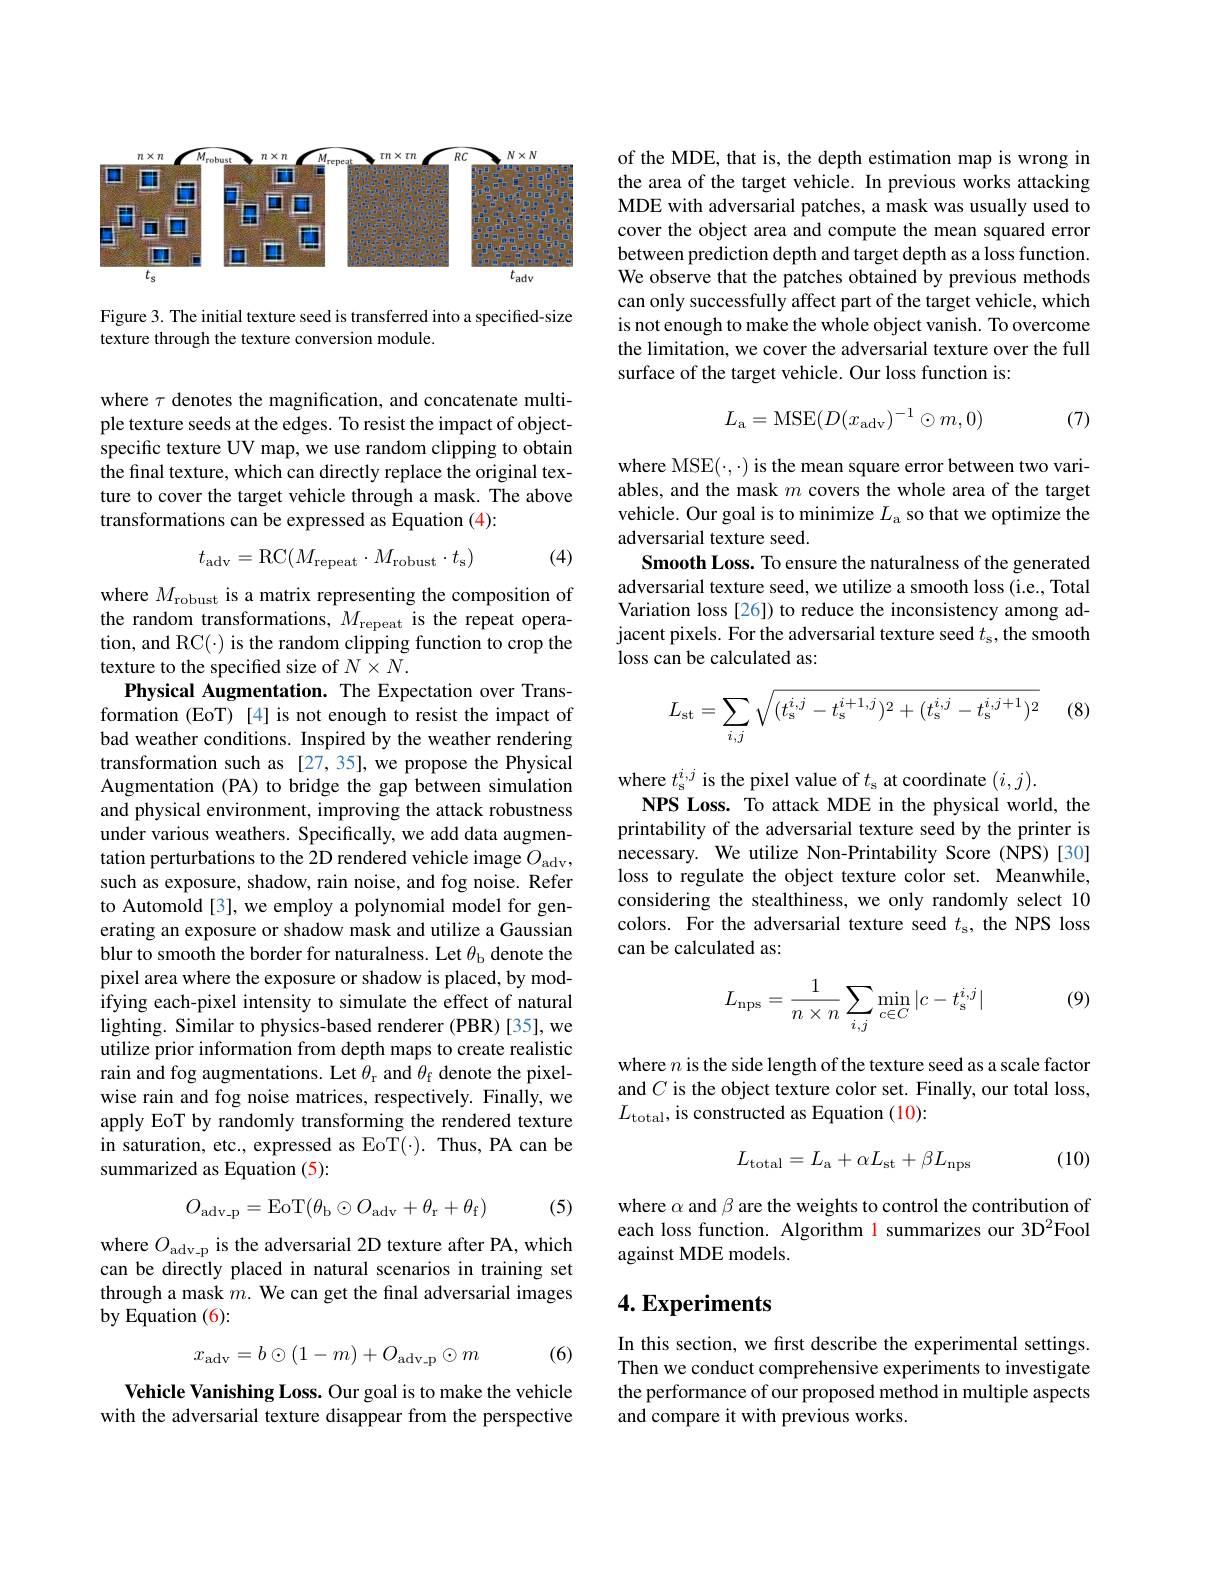
<FigureHere>

Figure 3. The initial texture seed is transferred into a specified-size
texture through the texture conversion module.

where $\tau$ denotes the magnification, and concatenate multiple texture seeds at the edges. To resist the impact of objectspecific texture UV map, we use random clipping to obtain the final texture, which can directly replace the original texture to cover the target vehicle through a mask. The above transformations can be expressed as Equation (4):
$$t_\mathrm{adv}=\mathrm{RC}(M_\mathrm{repeat}\cdot M_\mathrm{robust}\cdot t_\mathrm{s})$$
(4)

where $M_\mathrm{robust}$ is a matrix representing the composition of the random transformations, $M_\mathrm{repeat}$ is the repeat operation, and RC(·) is the random clipping function to crop the texture to the specified size of $N\times N.$
Physical Augmentation. The Expectation over Transformation (EoT) [4] is not enough to resist the impact of bad weather conditions. Inspired by the weather rendering transformation such as [27,35], we propose the Physical Augmentation (PA) to bridge the gap between simulation and physical environment, improving the attack robustness under various weathers. Specifically, we add data augmentation perturbations to the 2D rendered vehicle image $O_\mathrm{adv}$, such as exposure, shadow, rain noise, and fog noise. Refer to Automold [3], we employ a polynomial model for generating an exposure or shadow mask and utilize a Gaussian blur to smooth the border for naturalness. Let $\theta_\mathrm{b}$ denote the pixel area where the exposure or shadow is placed, by modifying each-pixel intensity to simulate the effect of natural lighting. Similar to physics-based renderer (PBR) [35], we utilize prior information from depth maps to create realistic rain and fog augmentations. Let $\theta_\mathrm{r}$ and $\theta_\mathrm{f}$ denote the pixelwise rain and fog noise matrices, respectively. Finally, we apply EoT by randomly transforming the rendered texture in saturation, etc., expressed as EoT(·). Thus, PA can be summarized as Equation (5):
$$O_{\mathrm{adv_p}}=\mathrm{EoT}(\theta_{\mathrm{b}}\odot O_{\mathrm{adv}}+\theta_{\mathrm{r}}+\theta_{\mathrm{f}})$$
(5)

where $O_{\mathrm{adv-p}}$ is the adversarial 2D texture after PA, which can be directly placed in natural scenarios in training set through a mask $m.$ We can get the final adversarial images by Equation (6):

(6)
$$x_{\mathrm{adv}}=b\odot(1-m)+O_{\mathrm{adv_p}}\odot m$$
Vehicle Vanishing Loss. Our goal is to make the vehicle with the adversarial texture disappear from the perspective

of the MDE, that is, the depth estimation map is wrong in the area of the target vehicle. In previous works attacking MDE with adversarial patches, a mask was usually used to cover the object area and compute the mean squared error between prediction depth and target depth as a loss function. We observe that the patches obtained by previous methods can only successfully affect part of the target vehicle, which is not enough to make the whole object vanish. To overcome the limitation, we cover the adversarial texture over the full surface of the target vehicle. Our loss function is:
$$L_\mathrm{a}=\mathrm{MSE}(D(x_\mathrm{adv})^{-1}\odot m,0)$$
(7)

where MSE($\cdot,\cdot)$ is the mean square error between two variables, and the mask $m$ covers the whole area of the target vehicle. Our goal is to minimize $L_\mathrm{a}$ so that we optimize the adversarial texture seed.
Smooth Loss. To ensure the naturalness of the generated adversarial texture seed, we utilize a smooth loss (i.e., Total Variation loss [26]) to reduce the inconsistency among adjacent pixels. For the adversarial texture seed $t_\mathrm{s}$,the smooth loss can be calculated as:
$$L_{\mathrm{st}}=\sum_{i,j}\sqrt{(t_{\mathrm{s}}^{i,j}-t_{\mathrm{s}}^{i+1,j})^2+(t_{\mathrm{s}}^{i,j}-t_{\mathrm{s}}^{i,j+1})^2}$$
(8)

where $t_\mathrm{s}^{i,j}$ is the pixel value of $t_\mathrm{s}$ at coordinate $(i,j).$
NPS Loss. To attack MDE in the physical world, the printability of the adversarial texture seed by the printer is necessary. We utilize Non-Printability Score (NPS)[30] loss to regulate the object texture color set. Meanwhile, considering the stealthiness, we only randomly select 10 colors. For the adversarial texture seed $t_\mathrm{s}$, the NPS loss can be calculated as:

(9)
$$\begin{aligned}L_{\mathrm{nps}}=\frac{1}{n\times n}\sum_{i,j}\min_{c\in C}|c-t_{\mathrm{s}}^{i,j}|\end{aligned}$$
where $n$ is the side length of the texture seed as a scale factor and $C$ is the object texture color set. Finally, our total loss, $L_{\mathrm{total}}$, is constructed as Equation (10):
$$L_{\mathrm{total}}=L_{\mathrm{a}}+\alpha L_{\mathrm{st}}+\beta L_{\mathrm{nps}}$$
(10)

where $\alpha$ and $\beta$ are the weights to control the contribution of each loss function. Algorithm 1 summarizes our 3D$^{2}$Fool against MDE models.

## $4. \textbf{Experiments}$

In this section, we fırst describe the experimental settings. Then we conduct comprehensive experiments to investigate the performance of our proposed method in multiple aspects and compare it with previous works.